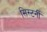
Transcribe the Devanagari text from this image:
सिस्टर्नी